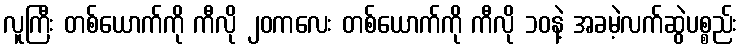
လူကြီး တစ်ယောက်ကို ကီလို ၂၀ကလေး တစ်ယောက်ကို ကီလို ၁၀နဲ့ အခမဲ့လက်ဆွဲပစ္စည်း